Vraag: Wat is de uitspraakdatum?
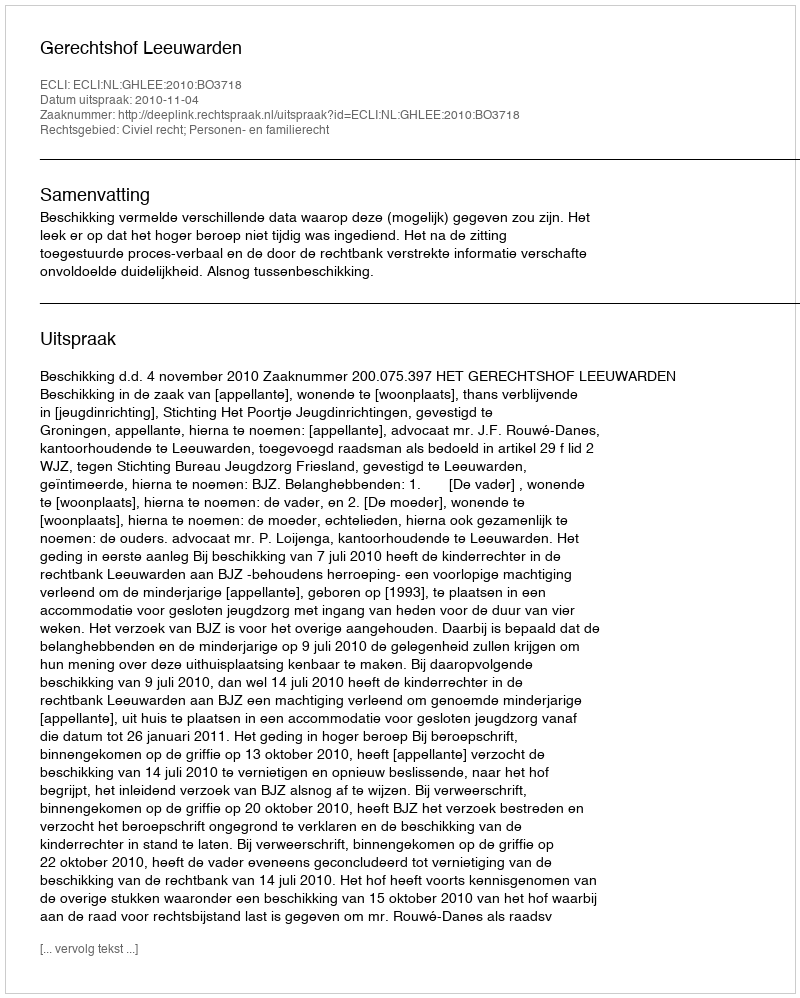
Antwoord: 2010-11-04